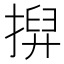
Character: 𢱲